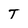
Character: T